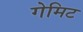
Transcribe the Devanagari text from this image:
गेमिट